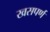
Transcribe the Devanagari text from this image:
खसपर्ण